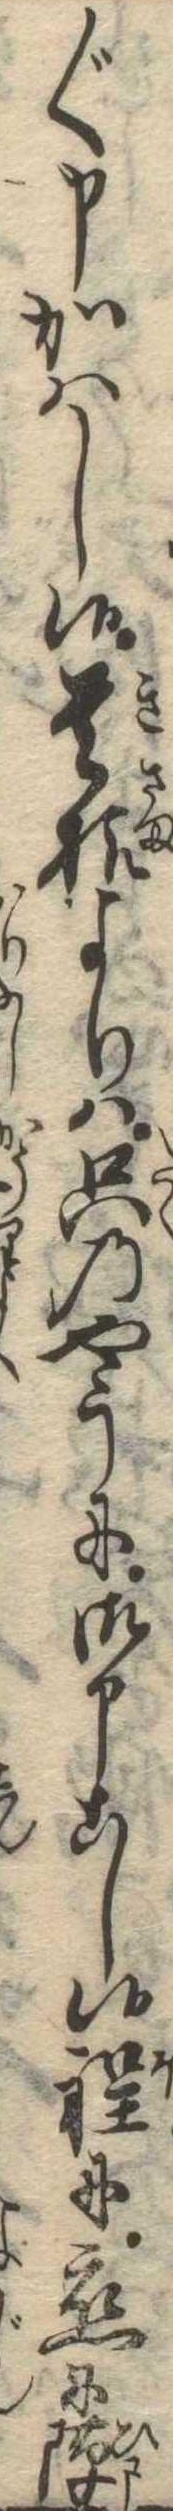
〲申かはし候貴様よりは只のやうに御申こし候程に恋に隙